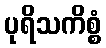
ပုရိသကိစ္စံ